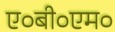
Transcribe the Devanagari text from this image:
ए०बी०एम०